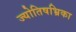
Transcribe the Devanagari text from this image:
ज्योतिषभ्रिका